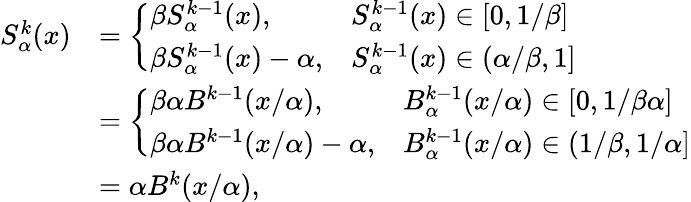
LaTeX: \begin{array}{rl}{S_{\alpha}^{k}(x)}&{=\left\{ \begin{array}{ll}{\beta S_{\alpha}^{k-1}(x),}&{S_{\alpha}^{k-1}(x)\in[0,1/\beta]}\\ {\beta S_{\alpha}^{k-1}(x)-\alpha,}&{S_{\alpha}^{k-1}(x)\in(\alpha/\beta,1]}\end{array}\right.}\\ &{=\left\{ \begin{array}{ll}{\beta\alpha B^{k-1}(x/\alpha),}&{B_{\alpha}^{k-1}(x/\alpha)\in[0,1/\beta\alpha]}\\ {\beta\alpha B^{k-1}(x/\alpha)-\alpha,}&{B_{\alpha}^{k-1}(x/\alpha)\in(1/\beta,1/\alpha]}\end{array}\right.}\\ &{=\alpha B^{k}(x/\alpha),}\end{array}